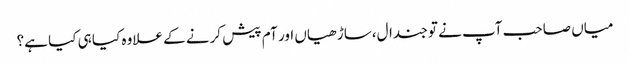
میاں صاحب آپ نے تو جندال،ساڑ ھیاں اور آم پیش کرنے کے علاوہ کیا ہی کیا ہے؟